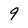
Character: 9